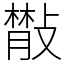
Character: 𢿨